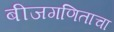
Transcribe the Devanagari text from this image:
बीजगणिताचा